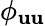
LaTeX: \phi_{\mathbf{u}\mathbf{u}}